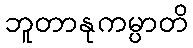
ဘူတာနုကမ္ပာတိ